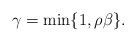
LaTeX: \begin{align*}\gamma = \min \{ 1, \rho\beta \}.\end{align*}